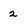
Character: 2